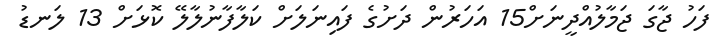
ފަހު ޖާގަ ޖަމާލުއްދީނަށް15 އަހަރުން ދަށުގެ ފައިނަލަށް ކަލާފާނުލާލޭ ކޮޅަށް 13 ލަނޑު